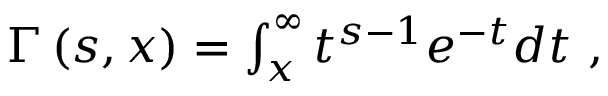
\begin{array} { r } { \Gamma \left( s , x \right) = \int _ { x } ^ { \infty } t ^ { s - 1 } e ^ { - t } d t \ , } \end{array}